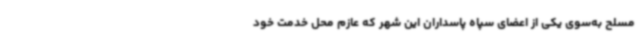
مسلح به‌سوی یکی از اعضای سپاه پاسداران این شهر که عازم محل خدمت خود